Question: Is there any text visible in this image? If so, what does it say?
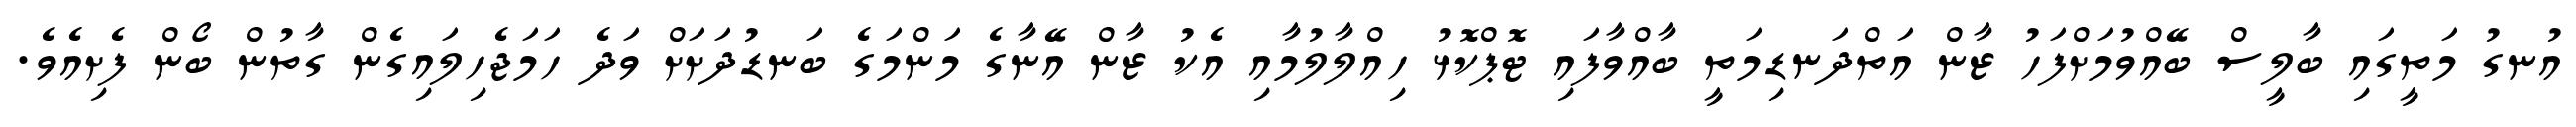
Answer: އުނގު މަތީގައި ބާލީސް ބޭއްވުމަށްފަހު ޒާން އަތްދަނޑިމަތީ ބާއްވާފައި ޓޮޕްކޮޅު ހިއްލާލުމާއި އެކު ޒާން އޭނާގެ މަންމަގެ ބަނޑުދަށަށް ވަދެ ހަމަޖެހިލައިގެން ގާތުން ބޯން ފެށިއެވެ.